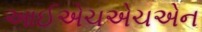
આઈએચએચએન